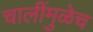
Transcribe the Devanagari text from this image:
चालींमुळेच